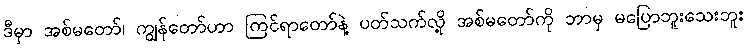
ဒီမှာ အစ်မတော်၊ ကျွန်တော်ဟာ ကြင်ရာတော်နဲ့ ပတ်သက်လို့ အစ်မတော်ကို ဘာမှ မပြောဘူးသေးဘူး